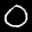
Label: 0